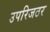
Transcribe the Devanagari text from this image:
उपरिजठर